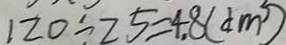
1 2 0 \div 2 5 = 4 . 8 ( d m ^ { 3 } )